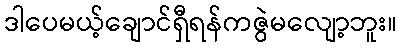
ဒါပေမယ့်ချောင်ရှီရန်ကဇွဲမလျော့ဘူး။